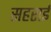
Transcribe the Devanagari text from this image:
सहराई